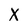
Character: X